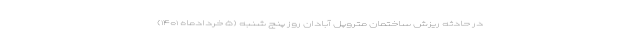
در حادثه ریزش ساختمان متروپل آبادان روز پنج شنبه (۵ خردادماه ۱۴۰۱)